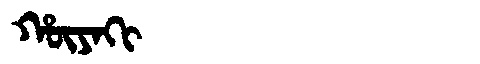
Manchu: ᡥᡡᠶᠠᡴᡳ
Romanization: HŪYAKI